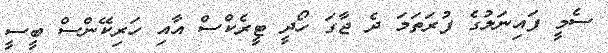
ސެމީ ފައިނަލުގެ ފުރަތަމަ ދެ ޖާގަ ހޯދީ ޓީރެކްސް އާއި ހަރިކޭންސް ބީސީ